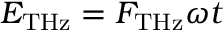
E _ { \mathrm { { T H z } } } = F _ { \mathrm { { T H z } } } \omega t